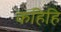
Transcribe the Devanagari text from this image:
कहिहि